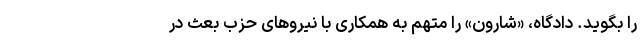
را بگوید. دادگاه، «شارون» را متهم به همکاری با نیروهای حزب بعث در